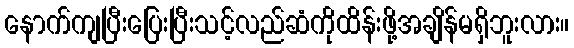
နောက်ကျပြီးပြေးပြီးသင့်လည်ဆံကိုထိန်းဖို့အချိန်မရှိဘူးလား။